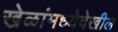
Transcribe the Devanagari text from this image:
खेळांमध्येदेखील